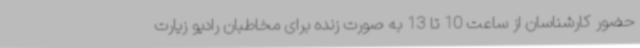
حضور کارشناسان از ساعت 10 تا 13 به صورت زنده برای مخاطبان رادیو زیارت